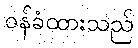
ဝန်ခံထားသည်